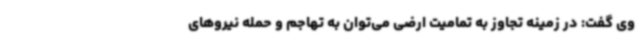
وی گفت: در زمینه تجاوز به تمامیت ارضی می‌توان به تهاجم و حمله نیروهای